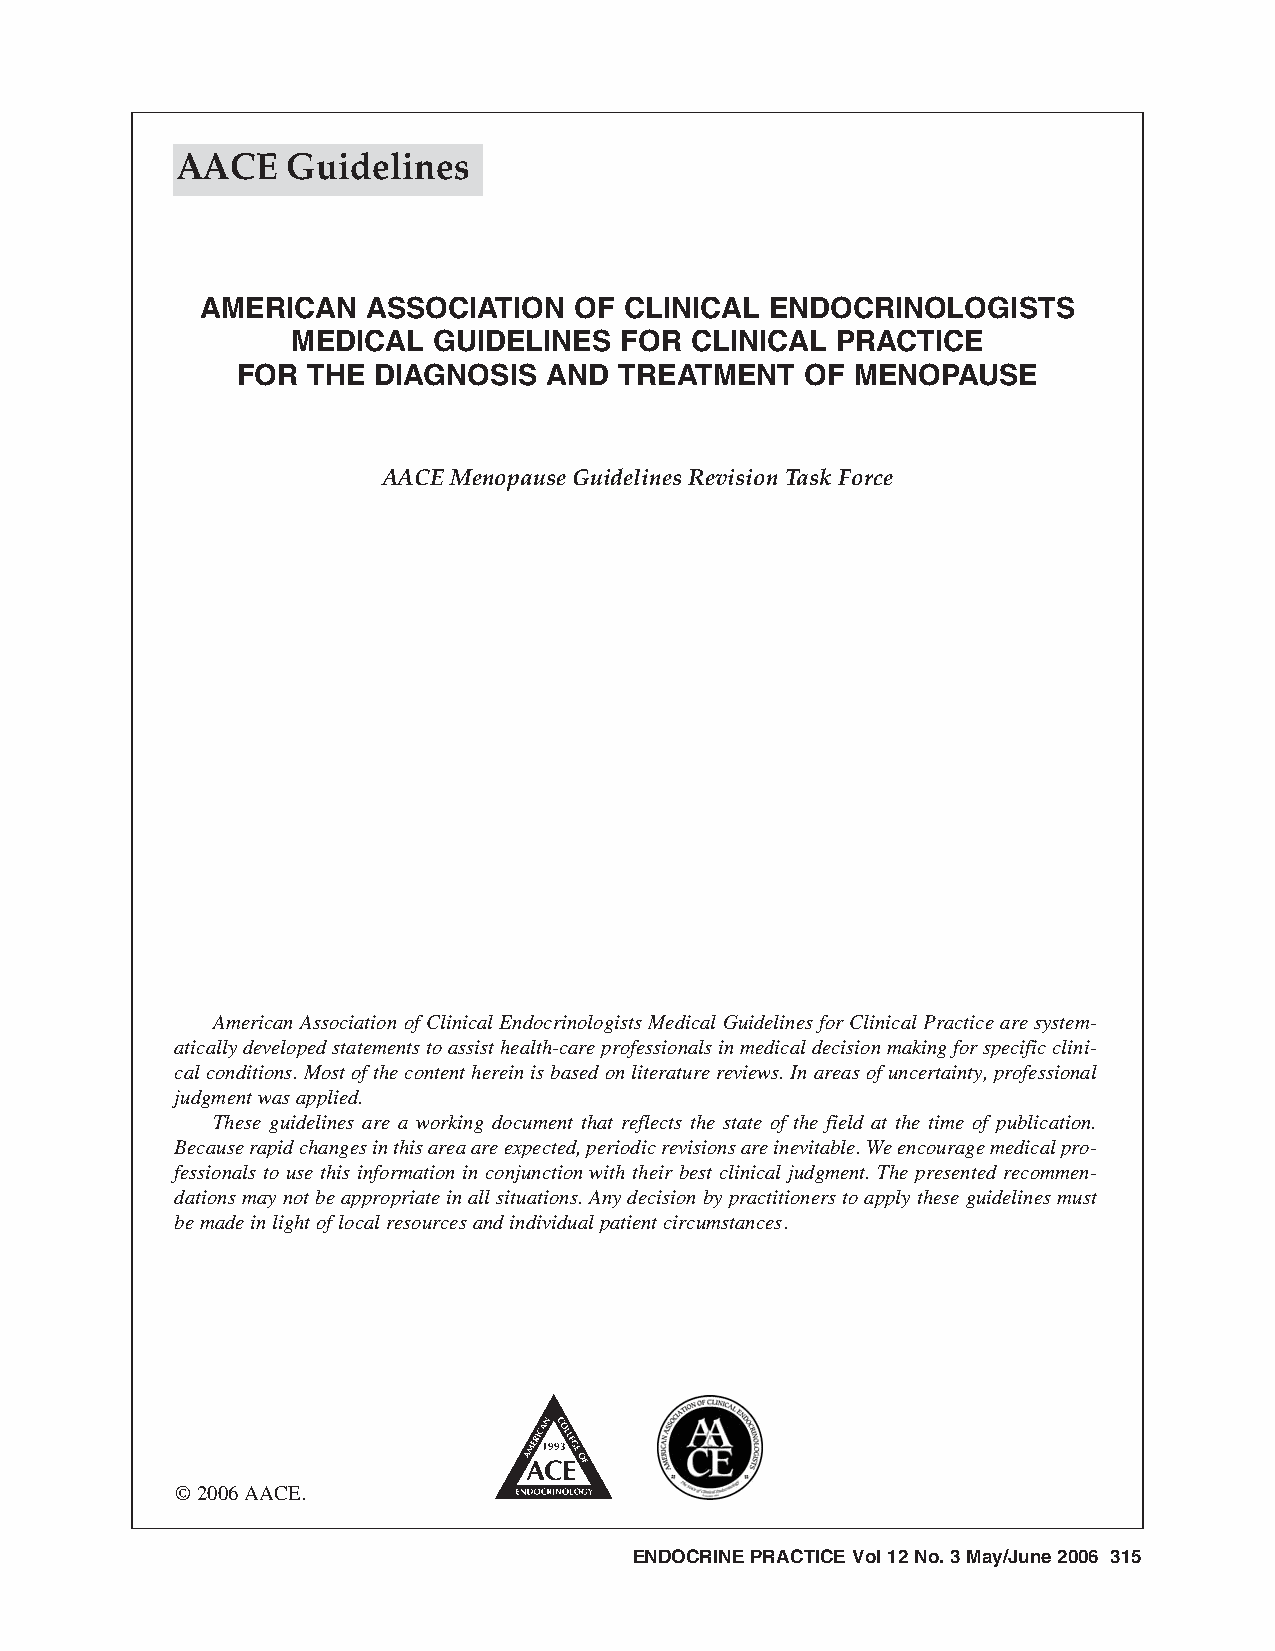
AACE   Guidelines
 AMERICAN   ASSOCIATION   OF CLINICAL  ENDOCRINOLOGISTS
 MEDICAL   GUIDELINES  FOR  CLINICAL PRACTICE
 FOR THE  DIAGNOSIS  AND  TREATMENT   OF  MENOPAUSE
 AACE Menopause Guidelines Revision Task Force
 American Association of Clinical Endocrinologists Medical Guidelines for Clinical Practice are system-
 atically developed statements to assist health-care professionals in medical decision making for specific clini-
 cal conditions. Most of the content herein is based on literature reviews. In areas of uncertainty, professional
 judgment was applied.
 These guidelines are a working document that reflects the state of the field at the time of publication.
 Because rapid changes in this area are expected, periodic revisions are inevitable. We encourage medical pro-
 fessionals to use this information in conjunction with their best clinical judgment. The presented recommen-
 dations may not be appropriate in all situations. Any decision by practitioners to apply these guidelines must
 be made in light of local resources and individual patient circumstances.
 ©2006 AACE.
 ENDOCRINE PRACTICE Vol 12 No. 3 May/June 2006 315